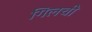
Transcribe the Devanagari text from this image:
गिलची